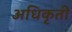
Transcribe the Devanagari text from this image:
अधिकृती